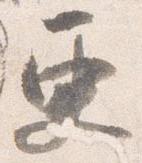
更